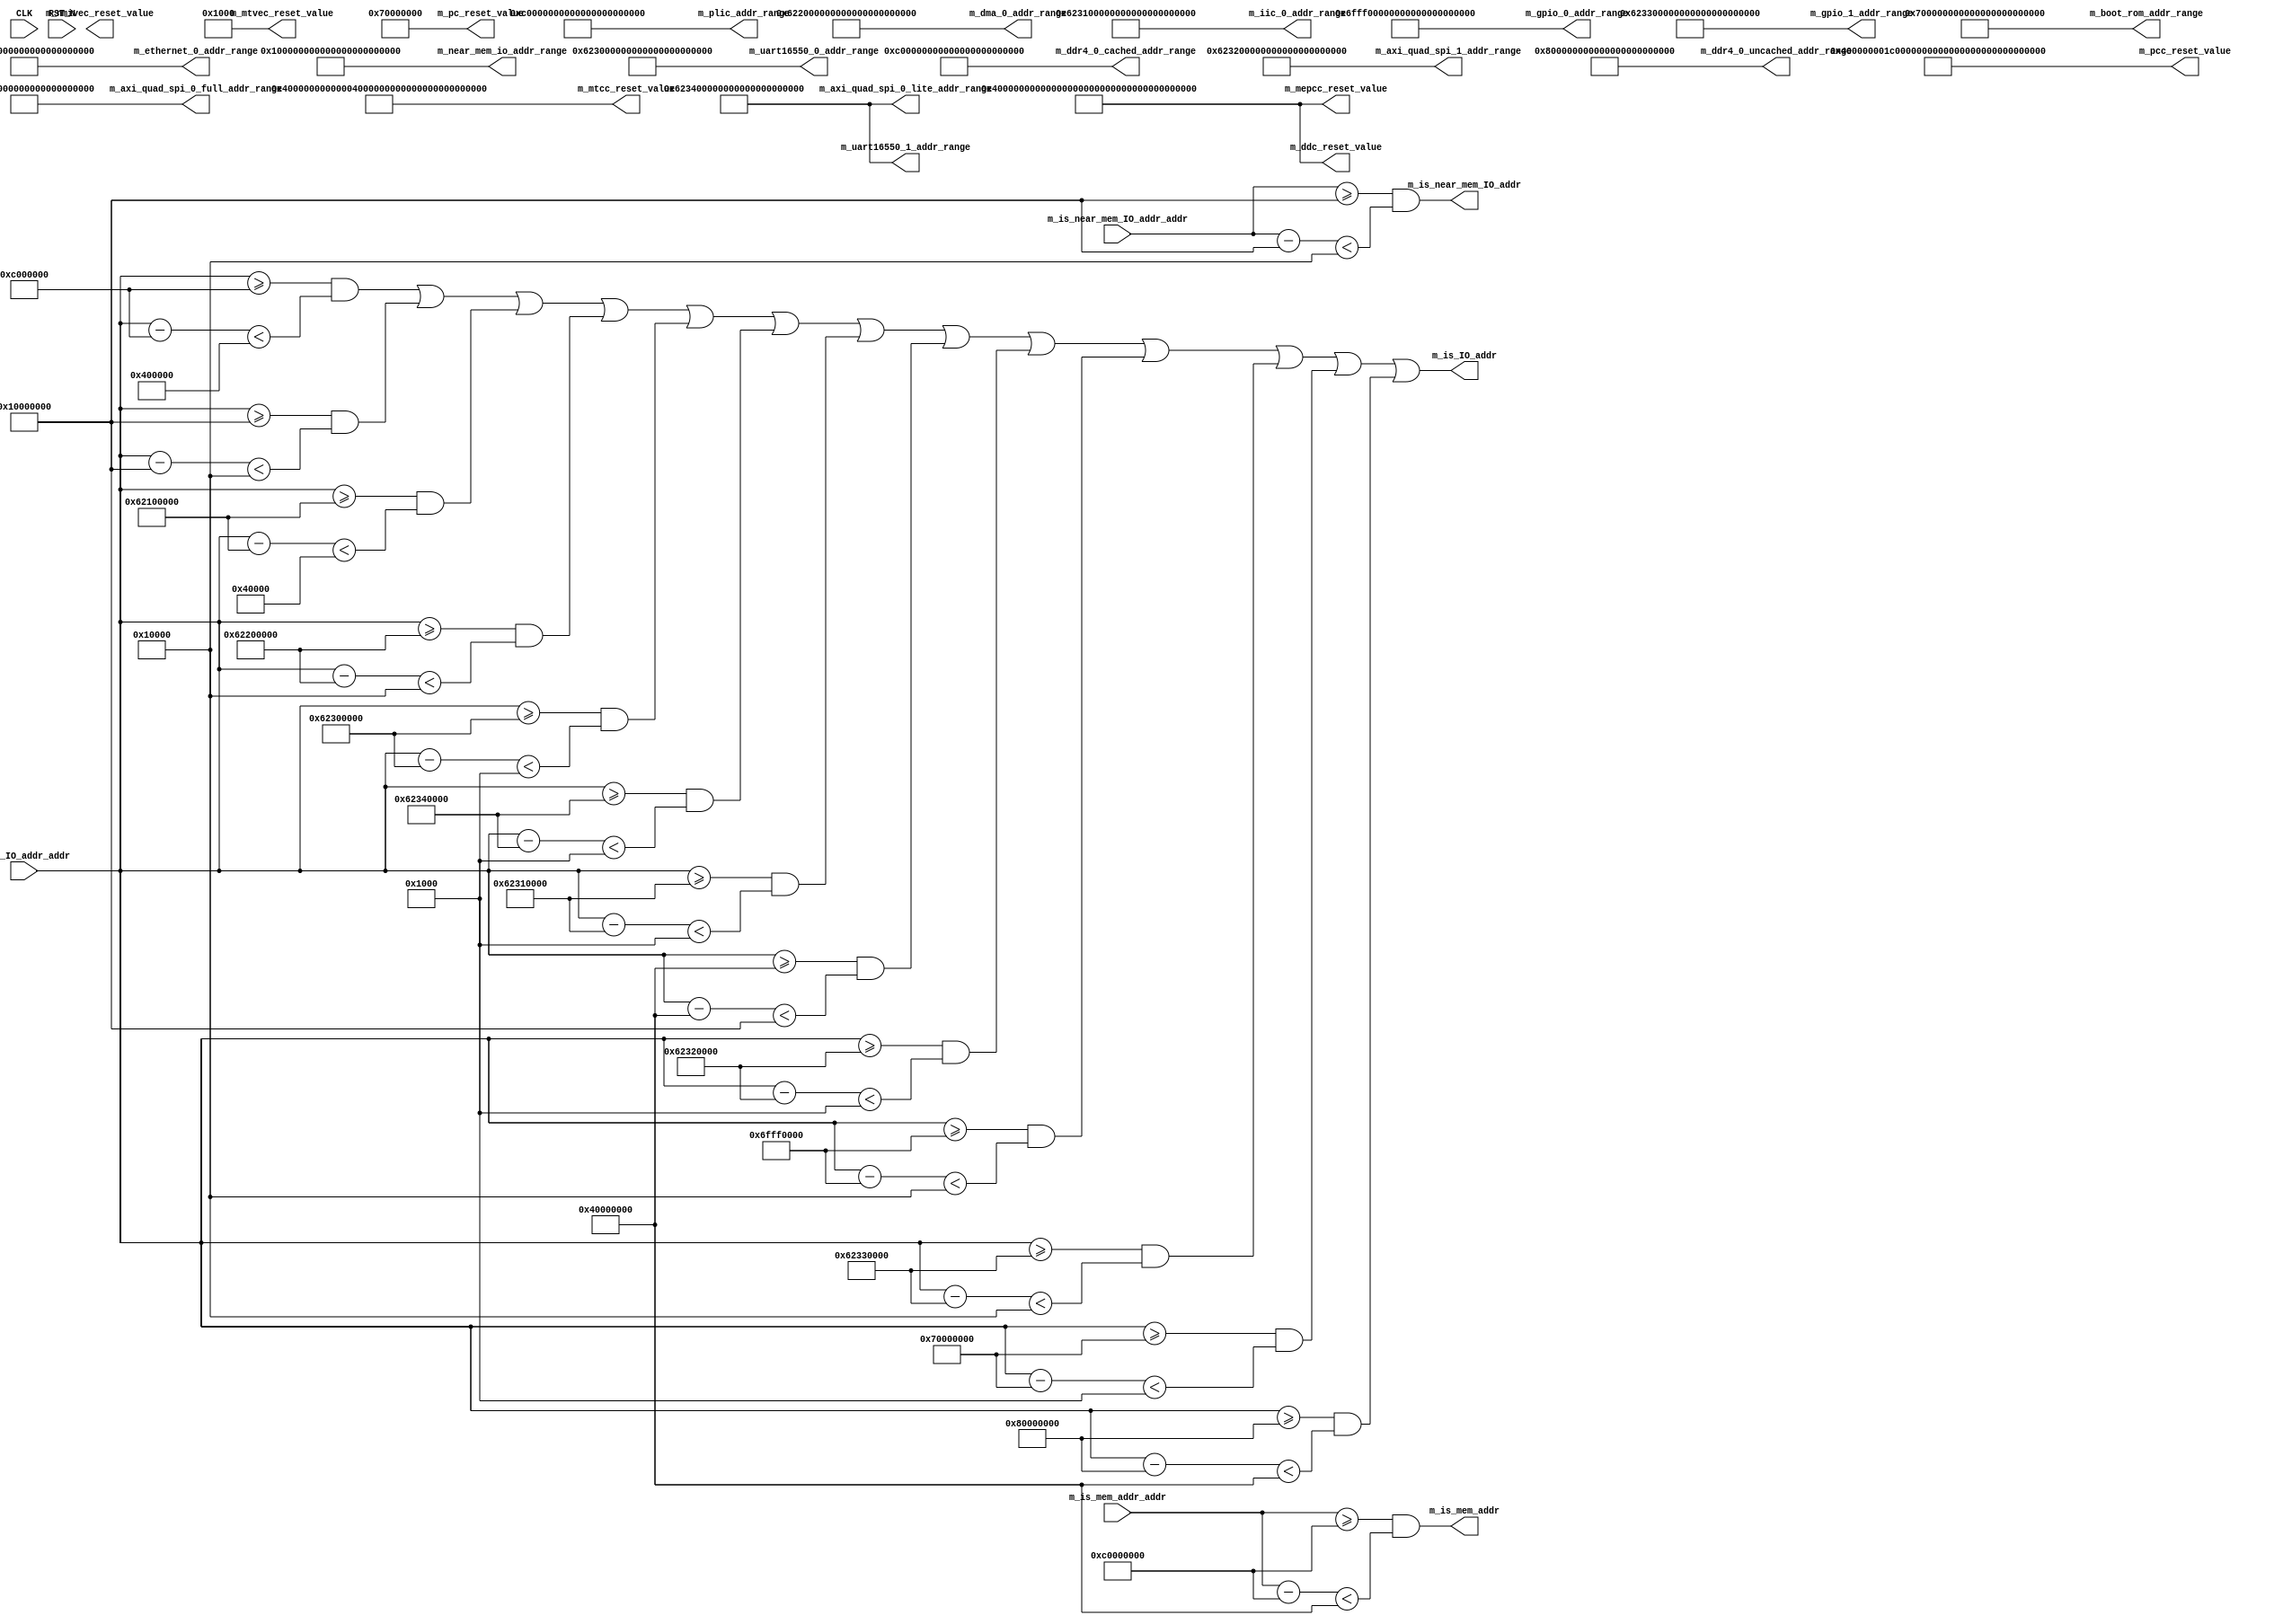
//
// Generated by Bluespec Compiler, version 2022.01 (build 066c7a8)
//
//
// Ports:
// Name                         I/O  size props
// m_plic_addr_range              O   128 const
// m_near_mem_io_addr_range       O   128 const
// m_ethernet_0_addr_range        O   128 const
// m_dma_0_addr_range             O   128 const
// m_uart16550_0_addr_range       O   128 const
// m_uart16550_1_addr_range       O   128 const
// m_iic_0_addr_range             O   128 const
// m_axi_quad_spi_0_full_addr_range  O   128 const
// m_axi_quad_spi_0_lite_addr_range  O   128 const
// m_axi_quad_spi_1_addr_range    O   128 const
// m_gpio_0_addr_range            O   128 const
// m_gpio_1_addr_range            O   128 const
// m_boot_rom_addr_range          O   128 const
// m_ddr4_0_uncached_addr_range   O   128 const
// m_ddr4_0_cached_addr_range     O   128 const
// m_is_mem_addr                  O     1
// m_is_IO_addr                   O     1
// m_is_near_mem_IO_addr          O     1
// m_pc_reset_value               O    64 const
// m_pcc_reset_value              O   151 const
// m_ddc_reset_value              O   151 const
// m_mtcc_reset_value             O   151 const
// m_mepcc_reset_value            O   151 const
// m_mtvec_reset_value            O    64 const
// m_nmivec_reset_value           O    64
// CLK                            I     1 unused
// RST_N                          I     1 unused
// m_is_mem_addr_addr             I    64
// m_is_IO_addr_addr              I    64
// m_is_near_mem_IO_addr_addr     I    64
//
// Combinational paths from inputs to outputs:
//   m_is_mem_addr_addr -> m_is_mem_addr
//   m_is_IO_addr_addr -> m_is_IO_addr
//   m_is_near_mem_IO_addr_addr -> m_is_near_mem_IO_addr
//
//

`ifdef BSV_ASSIGNMENT_DELAY
`else
  `define BSV_ASSIGNMENT_DELAY
`endif

`ifdef BSV_POSITIVE_RESET
  `define BSV_RESET_VALUE 1'b1
  `define BSV_RESET_EDGE posedge
`else
  `define BSV_RESET_VALUE 1'b0
  `define BSV_RESET_EDGE negedge
`endif

module mkSoC_Map(CLK,
		 RST_N,

		 m_plic_addr_range,

		 m_near_mem_io_addr_range,

		 m_ethernet_0_addr_range,

		 m_dma_0_addr_range,

		 m_uart16550_0_addr_range,

		 m_uart16550_1_addr_range,

		 m_iic_0_addr_range,

		 m_axi_quad_spi_0_full_addr_range,

		 m_axi_quad_spi_0_lite_addr_range,

		 m_axi_quad_spi_1_addr_range,

		 m_gpio_0_addr_range,

		 m_gpio_1_addr_range,

		 m_boot_rom_addr_range,

		 m_ddr4_0_uncached_addr_range,

		 m_ddr4_0_cached_addr_range,

		 m_is_mem_addr_addr,
		 m_is_mem_addr,

		 m_is_IO_addr_addr,
		 m_is_IO_addr,

		 m_is_near_mem_IO_addr_addr,
		 m_is_near_mem_IO_addr,

		 m_pc_reset_value,

		 m_pcc_reset_value,

		 m_ddc_reset_value,

		 m_mtcc_reset_value,

		 m_mepcc_reset_value,

		 m_mtvec_reset_value,

		 m_nmivec_reset_value);
  input  CLK;
  input  RST_N;

  // value method m_plic_addr_range
  output [127 : 0] m_plic_addr_range;

  // value method m_near_mem_io_addr_range
  output [127 : 0] m_near_mem_io_addr_range;

  // value method m_ethernet_0_addr_range
  output [127 : 0] m_ethernet_0_addr_range;

  // value method m_dma_0_addr_range
  output [127 : 0] m_dma_0_addr_range;

  // value method m_uart16550_0_addr_range
  output [127 : 0] m_uart16550_0_addr_range;

  // value method m_uart16550_1_addr_range
  output [127 : 0] m_uart16550_1_addr_range;

  // value method m_iic_0_addr_range
  output [127 : 0] m_iic_0_addr_range;

  // value method m_axi_quad_spi_0_full_addr_range
  output [127 : 0] m_axi_quad_spi_0_full_addr_range;

  // value method m_axi_quad_spi_0_lite_addr_range
  output [127 : 0] m_axi_quad_spi_0_lite_addr_range;

  // value method m_axi_quad_spi_1_addr_range
  output [127 : 0] m_axi_quad_spi_1_addr_range;

  // value method m_gpio_0_addr_range
  output [127 : 0] m_gpio_0_addr_range;

  // value method m_gpio_1_addr_range
  output [127 : 0] m_gpio_1_addr_range;

  // value method m_boot_rom_addr_range
  output [127 : 0] m_boot_rom_addr_range;

  // value method m_ddr4_0_uncached_addr_range
  output [127 : 0] m_ddr4_0_uncached_addr_range;

  // value method m_ddr4_0_cached_addr_range
  output [127 : 0] m_ddr4_0_cached_addr_range;

  // value method m_is_mem_addr
  input  [63 : 0] m_is_mem_addr_addr;
  output m_is_mem_addr;

  // value method m_is_IO_addr
  input  [63 : 0] m_is_IO_addr_addr;
  output m_is_IO_addr;

  // value method m_is_near_mem_IO_addr
  input  [63 : 0] m_is_near_mem_IO_addr_addr;
  output m_is_near_mem_IO_addr;

  // value method m_pc_reset_value
  output [63 : 0] m_pc_reset_value;

  // value method m_pcc_reset_value
  output [150 : 0] m_pcc_reset_value;

  // value method m_ddc_reset_value
  output [150 : 0] m_ddc_reset_value;

  // value method m_mtcc_reset_value
  output [150 : 0] m_mtcc_reset_value;

  // value method m_mepcc_reset_value
  output [150 : 0] m_mepcc_reset_value;

  // value method m_mtvec_reset_value
  output [63 : 0] m_mtvec_reset_value;

  // value method m_nmivec_reset_value
  output [63 : 0] m_nmivec_reset_value;

  // signals for module outputs
  wire [150 : 0] m_ddc_reset_value,
		 m_mepcc_reset_value,
		 m_mtcc_reset_value,
		 m_pcc_reset_value;
  wire [127 : 0] m_axi_quad_spi_0_full_addr_range,
		 m_axi_quad_spi_0_lite_addr_range,
		 m_axi_quad_spi_1_addr_range,
		 m_boot_rom_addr_range,
		 m_ddr4_0_cached_addr_range,
		 m_ddr4_0_uncached_addr_range,
		 m_dma_0_addr_range,
		 m_ethernet_0_addr_range,
		 m_gpio_0_addr_range,
		 m_gpio_1_addr_range,
		 m_iic_0_addr_range,
		 m_near_mem_io_addr_range,
		 m_plic_addr_range,
		 m_uart16550_0_addr_range,
		 m_uart16550_1_addr_range;
  wire [63 : 0] m_mtvec_reset_value, m_nmivec_reset_value, m_pc_reset_value;
  wire m_is_IO_addr, m_is_mem_addr, m_is_near_mem_IO_addr;

  // remaining internal signals
  wire [63 : 0] x__h243,
		x__h267,
		x__h291,
		x__h316,
		x__h341,
		x__h366,
		x__h416,
		x__h441,
		x__h466,
		x__h491,
		x__h516,
		x__h541,
		x__h566,
		x__h591,
		x__h618;
  wire NOT_m_is_IO_addr_addr_ULT_0xC000000_AND_m_is_I_ETC___d21,
       NOT_m_is_IO_addr_addr_ULT_0xC000000_AND_m_is_I_ETC___d33,
       NOT_m_is_IO_addr_addr_ULT_0xC000000_AND_m_is_I_ETC___d45,
       NOT_m_is_IO_addr_addr_ULT_0xC000000_AND_m_is_I_ETC___d64,
       NOT_m_is_IO_addr_addr_ULT_0xC000000_AND_m_is_I_ETC___d76;

  // value method m_plic_addr_range
  assign m_plic_addr_range = 128'h000000000C0000000000000000400000 ;

  // value method m_near_mem_io_addr_range
  assign m_near_mem_io_addr_range = 128'h00000000100000000000000000010000 ;

  // value method m_ethernet_0_addr_range
  assign m_ethernet_0_addr_range = 128'h00000000621000000000000000040000 ;

  // value method m_dma_0_addr_range
  assign m_dma_0_addr_range = 128'h00000000622000000000000000010000 ;

  // value method m_uart16550_0_addr_range
  assign m_uart16550_0_addr_range = 128'h00000000623000000000000000001000 ;

  // value method m_uart16550_1_addr_range
  assign m_uart16550_1_addr_range = 128'h00000000623400000000000000001000 ;

  // value method m_iic_0_addr_range
  assign m_iic_0_addr_range = 128'h00000000623100000000000000001000 ;

  // value method m_axi_quad_spi_0_full_addr_range
  assign m_axi_quad_spi_0_full_addr_range =
	     128'h00000000400000000000000010000000 ;

  // value method m_axi_quad_spi_0_lite_addr_range
  assign m_axi_quad_spi_0_lite_addr_range =
	     128'h00000000623400000000000000001000 ;

  // value method m_axi_quad_spi_1_addr_range
  assign m_axi_quad_spi_1_addr_range = 128'h00000000623200000000000000001000 ;

  // value method m_gpio_0_addr_range
  assign m_gpio_0_addr_range = 128'h000000006FFF00000000000000010000 ;

  // value method m_gpio_1_addr_range
  assign m_gpio_1_addr_range = 128'h00000000623300000000000000010000 ;

  // value method m_boot_rom_addr_range
  assign m_boot_rom_addr_range = 128'h00000000700000000000000000001000 ;

  // value method m_ddr4_0_uncached_addr_range
  assign m_ddr4_0_uncached_addr_range =
	     128'h00000000800000000000000040000000 ;

  // value method m_ddr4_0_cached_addr_range
  assign m_ddr4_0_cached_addr_range = 128'h00000000C00000000000000040000000 ;

  // value method m_is_mem_addr
  assign m_is_mem_addr =
	     m_is_mem_addr_addr >= 64'h00000000C0000000 &&
	     x__h243 < 64'h0000000040000000 ;

  // value method m_is_IO_addr
  assign m_is_IO_addr =
	     NOT_m_is_IO_addr_addr_ULT_0xC000000_AND_m_is_I_ETC___d76 ||
	     m_is_IO_addr_addr >= 64'h0000000080000000 &&
	     x__h591 < 64'h0000000040000000 ;

  // value method m_is_near_mem_IO_addr
  assign m_is_near_mem_IO_addr =
	     m_is_near_mem_IO_addr_addr >= 64'h0000000010000000 &&
	     x__h618 < 64'h0000000000010000 ;

  // value method m_pc_reset_value
  assign m_pc_reset_value = 64'h0000000070000000 ;

  // value method m_pcc_reset_value
  assign m_pcc_reset_value = 151'h400000001C0000000000FFFF1FFFFF44000000 ;

  // value method m_ddc_reset_value
  assign m_ddc_reset_value = 151'h40000000000000000000FFFF1FFFFF44000000 ;

  // value method m_mtcc_reset_value
  assign m_mtcc_reset_value = 151'h40000000000004000000FFFF1FFFFF44000000 ;

  // value method m_mepcc_reset_value
  assign m_mepcc_reset_value = 151'h40000000000000000000FFFF1FFFFF44000000 ;

  // value method m_mtvec_reset_value
  assign m_mtvec_reset_value = 64'h0000000000001000 ;

  // value method m_nmivec_reset_value
  assign m_nmivec_reset_value =
	     64'bxxxxxxxxxxxxxxxxxxxxxxxxxxxxxxxxxxxxxxxxxxxxxxxxxxxxxxxxxxxxxxxx /* unspecified value */  ;

  // remaining internal signals
  assign NOT_m_is_IO_addr_addr_ULT_0xC000000_AND_m_is_I_ETC___d21 =
	     m_is_IO_addr_addr >= 64'h000000000C000000 &&
	     x__h267 < 64'h0000000000400000 ||
	     m_is_IO_addr_addr >= 64'h0000000010000000 &&
	     x__h291 < 64'h0000000000010000 ||
	     m_is_IO_addr_addr >= 64'h0000000062100000 &&
	     x__h316 < 64'h0000000000040000 ;
  assign NOT_m_is_IO_addr_addr_ULT_0xC000000_AND_m_is_I_ETC___d33 =
	     NOT_m_is_IO_addr_addr_ULT_0xC000000_AND_m_is_I_ETC___d21 ||
	     m_is_IO_addr_addr >= 64'h0000000062200000 &&
	     x__h341 < 64'h0000000000010000 ||
	     m_is_IO_addr_addr >= 64'h0000000062300000 &&
	     x__h366 < 64'h0000000000001000 ;
  assign NOT_m_is_IO_addr_addr_ULT_0xC000000_AND_m_is_I_ETC___d45 =
	     NOT_m_is_IO_addr_addr_ULT_0xC000000_AND_m_is_I_ETC___d33 ||
	     m_is_IO_addr_addr >= 64'h0000000062340000 &&
	     x__h466 < 64'h0000000000001000 ||
	     m_is_IO_addr_addr >= 64'h0000000062310000 &&
	     x__h416 < 64'h0000000000001000 ;
  assign NOT_m_is_IO_addr_addr_ULT_0xC000000_AND_m_is_I_ETC___d64 =
	     NOT_m_is_IO_addr_addr_ULT_0xC000000_AND_m_is_I_ETC___d45 ||
	     m_is_IO_addr_addr >= 64'h0000000040000000 &&
	     x__h441 < 64'h0000000010000000 ||
	     m_is_IO_addr_addr >= 64'h0000000062320000 &&
	     x__h491 < 64'h0000000000001000 ||
	     m_is_IO_addr_addr >= 64'h000000006FFF0000 &&
	     x__h516 < 64'h0000000000010000 ;
  assign NOT_m_is_IO_addr_addr_ULT_0xC000000_AND_m_is_I_ETC___d76 =
	     NOT_m_is_IO_addr_addr_ULT_0xC000000_AND_m_is_I_ETC___d64 ||
	     m_is_IO_addr_addr >= 64'h0000000062330000 &&
	     x__h541 < 64'h0000000000010000 ||
	     m_is_IO_addr_addr >= 64'h0000000070000000 &&
	     x__h566 < 64'h0000000000001000 ;
  assign x__h243 = m_is_mem_addr_addr - 64'h00000000C0000000 ;
  assign x__h267 = m_is_IO_addr_addr - 64'h000000000C000000 ;
  assign x__h291 = m_is_IO_addr_addr - 64'h0000000010000000 ;
  assign x__h316 = m_is_IO_addr_addr - 64'h0000000062100000 ;
  assign x__h341 = m_is_IO_addr_addr - 64'h0000000062200000 ;
  assign x__h366 = m_is_IO_addr_addr - 64'h0000000062300000 ;
  assign x__h416 = m_is_IO_addr_addr - 64'h0000000062310000 ;
  assign x__h441 = m_is_IO_addr_addr - 64'h0000000040000000 ;
  assign x__h466 = m_is_IO_addr_addr - 64'h0000000062340000 ;
  assign x__h491 = m_is_IO_addr_addr - 64'h0000000062320000 ;
  assign x__h516 = m_is_IO_addr_addr - 64'h000000006FFF0000 ;
  assign x__h541 = m_is_IO_addr_addr - 64'h0000000062330000 ;
  assign x__h566 = m_is_IO_addr_addr - 64'h0000000070000000 ;
  assign x__h591 = m_is_IO_addr_addr - 64'h0000000080000000 ;
  assign x__h618 = m_is_near_mem_IO_addr_addr - 64'h0000000010000000 ;
endmodule  // mkSoC_Map